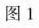
图1